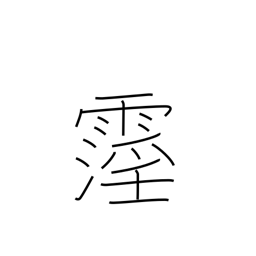
Meaning: rain lasting at least ten days